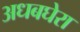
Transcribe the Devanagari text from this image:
अधबघेरा